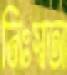
নিঃস্বতা